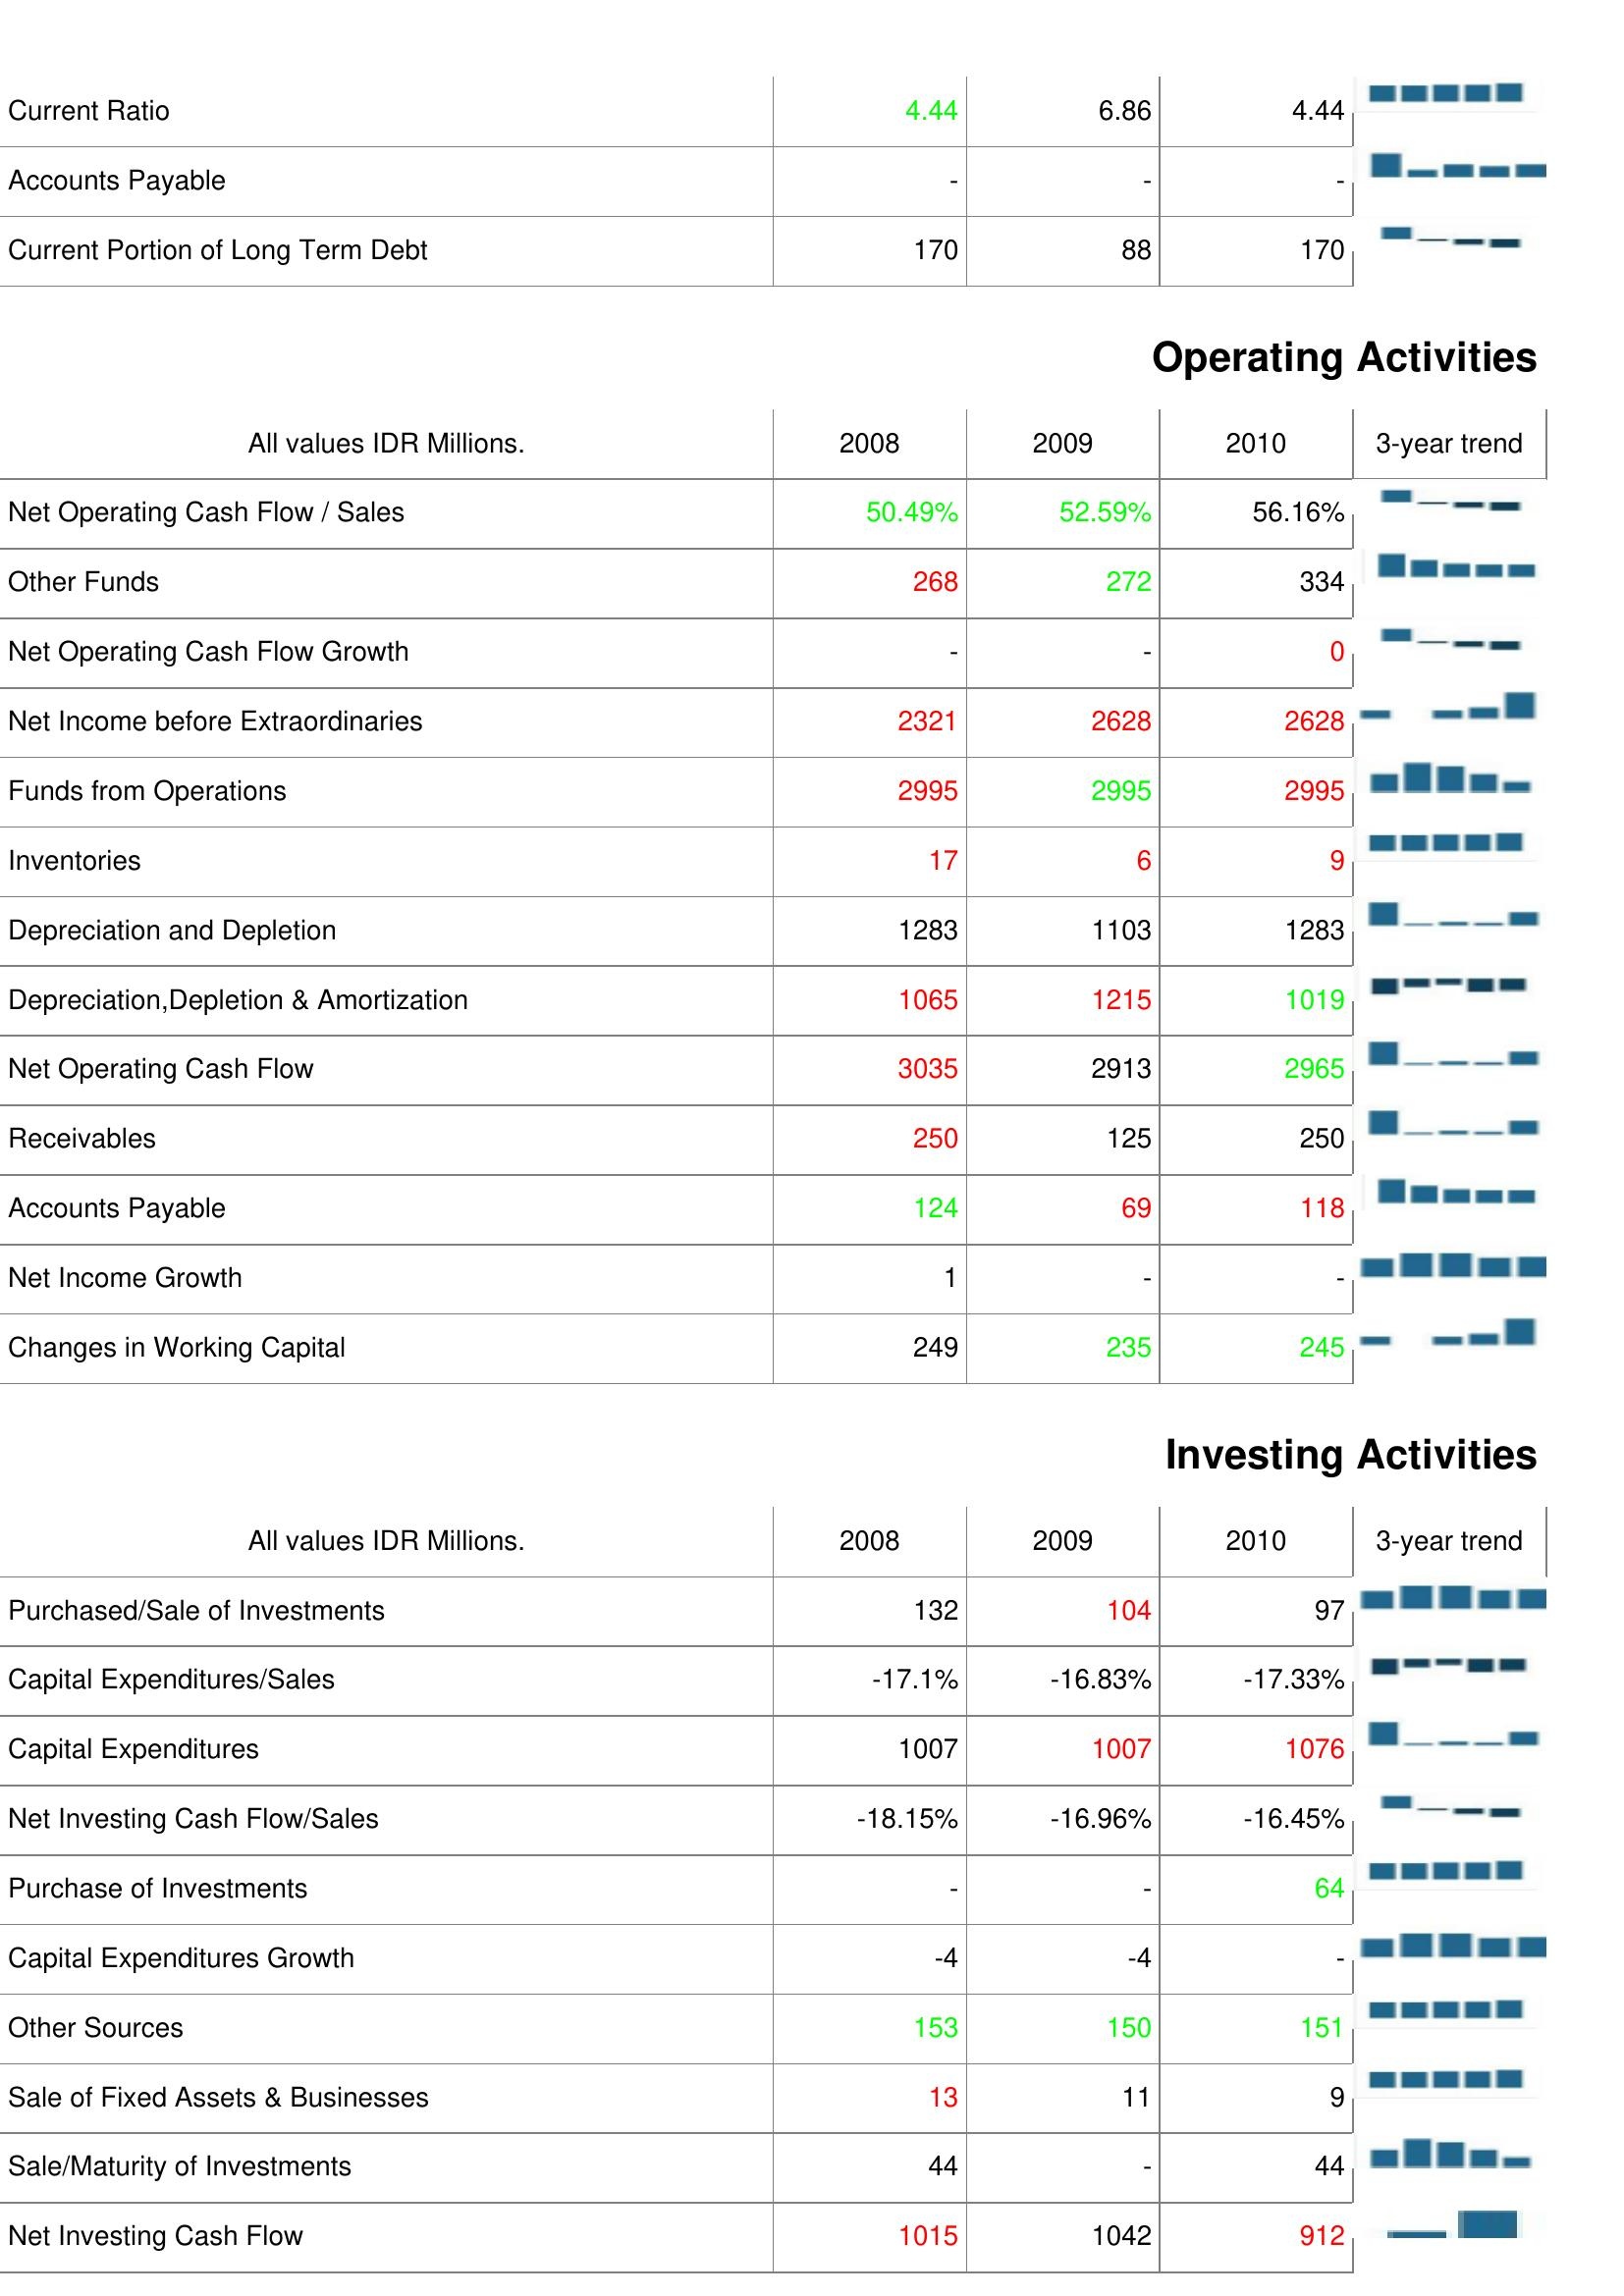
2008: Liabilities & Shareholder's Equity: Current Ratio: 4.44
Accounts Payable: -
Current Portion of Long Term Debt: 170
Operating Activities: Net Operating Cash Flow / Sales: 50.49%
Other Funds: 268
Net Operating Cash Flow Growth: -
Net Income before Extraordinaries: 2321
Funds from Operations: 2995
Inventories: 17
Depreciation and Depletion: 1283
Depreciation,Depletion & Amortization: 1065
Net Operating Cash Flow: 3035
Receivables: 250
Accounts Payable: 124
Net Income Growth: 1
Changes in Working Capital: 249
Investing Activities: Purchased/Sale of Investments: 132
Capital Expenditures/Sales: -17.1%
Capital Expenditures: 1007
Net Investing Cash Flow/Sales: -18.15%
Purchase of Investments: -
Capital Expenditures Growth: -4
Other Sources: 153
Sale of Fixed Assets & Businesses: 13
Sale/Maturity of Investments: 44
Net Investing Cash Flow: 1015
2009: Liabilities & Shareholder's Equity: Current Ratio: 6.86
Accounts Payable: -
Current Portion of Long Term Debt: 88
Operating Activities: Net Operating Cash Flow / Sales: 52.59%
Other Funds: 272
Net Operating Cash Flow Growth: -
Net Income before Extraordinaries: 2628
Funds from Operations: 2995
Inventories: 6
Depreciation and Depletion: 1103
Depreciation,Depletion & Amortization: 1215
Net Operating Cash Flow: 2913
Receivables: 125
Accounts Payable: 69
Net Income Growth: -
Changes in Working Capital: 235
Investing Activities: Purchased/Sale of Investments: 104
Capital Expenditures/Sales: -16.83%
Capital Expenditures: 1007
Net Investing Cash Flow/Sales: -16.96%
Purchase of Investments: -
Capital Expenditures Growth: -4
Other Sources: 150
Sale of Fixed Assets & Businesses: 11
Sale/Maturity of Investments: -
Net Investing Cash Flow: 1042
2010: Liabilities & Shareholder's Equity: Current Ratio: 4.44
Accounts Payable: -
Current Portion of Long Term Debt: 170
Operating Activities: Net Operating Cash Flow / Sales: 56.16%
Other Funds: 334
Net Operating Cash Flow Growth: 0
Net Income before Extraordinaries: 2628
Funds from Operations: 2995
Inventories: 9
Depreciation and Depletion: 1283
Depreciation,Depletion & Amortization: 1019
Net Operating Cash Flow: 2965
Receivables: 250
Accounts Payable: 118
Net Income Growth: -
Changes in Working Capital: 245
Investing Activities: Purchased/Sale of Investments: 97
Capital Expenditures/Sales: -17.33%
Capital Expenditures: 1076
Net Investing Cash Flow/Sales: -16.45%
Purchase of Investments: 64
Capital Expenditures Growth: -
Other Sources: 151
Sale of Fixed Assets & Businesses: 9
Sale/Maturity of Investments: 44
Net Investing Cash Flow: 912